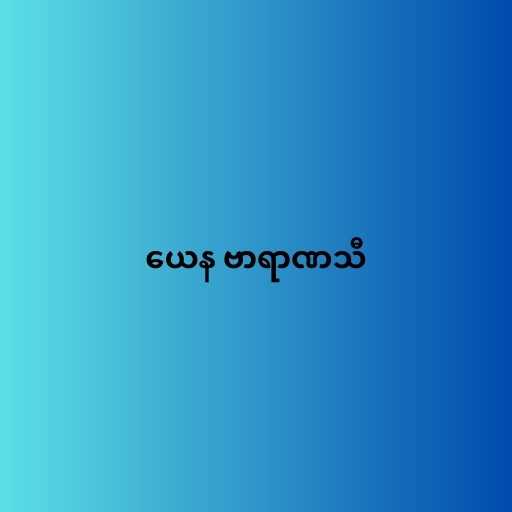
ယေန ဗာရာဏသီ